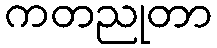
ကတညုတာ